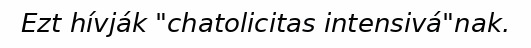
Ezt hívják "chatolicitas intensivá"nak.